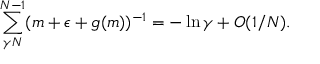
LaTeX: \sum _ { \gamma N } ^ { N - 1 } ( m + \epsilon + g ( m ) ) ^ { - 1 } = - \ln \gamma + O ( 1 / N ) .